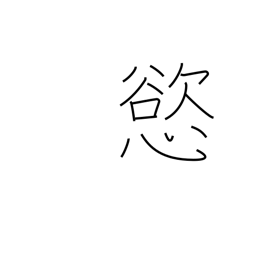
Meaning: greed